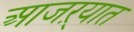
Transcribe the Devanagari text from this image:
आजऱ्यात